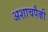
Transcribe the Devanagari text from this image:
अशाचपैकी